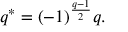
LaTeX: q ^ { * } = ( - 1 ) ^ { \frac { q - 1 } { 2 } } q .